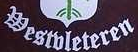
Mestbleteren